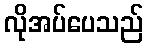
လိုအပ်ပေသည်